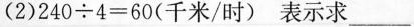
(2)$$2 4 0 \div 4 = 6 0$$(千米/时)表示求___